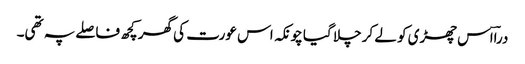
دراؔاس چھڑی کو لے کر چلا گیا چونکہ اس عورت کی گھر کچھ فاصلے پہ تھی۔